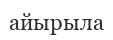
айырыла